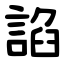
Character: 諂